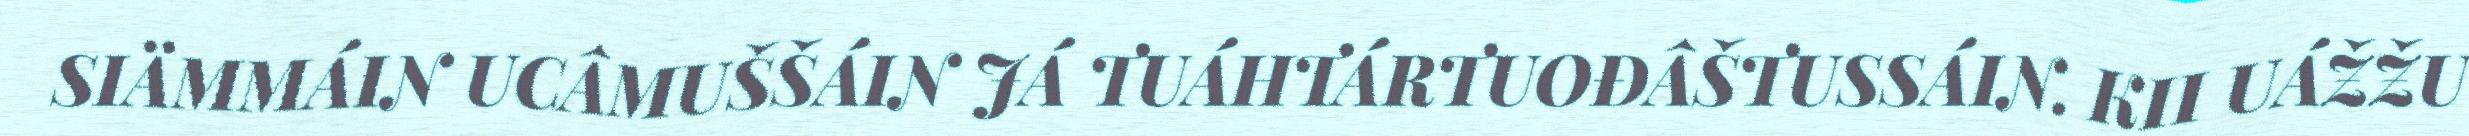
SIÄMMÁIN UCÂMUŠŠÁIN JÁ TUÁHTÁRTUOĐÂŠTUSSÁIN. KII UÁŽŽU